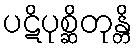
ပဋိပုစ္ဆိတုန္တိ